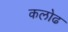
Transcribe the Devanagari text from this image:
कलोढ